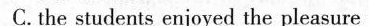
C. the students enjoyed the pleasure